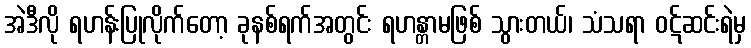
အဲဒီလို ရဟန်းပြုလိုက်တော့ ခုနစ်ရက်အတွင်း ရဟန္တာမဖြစ် သွားတယ်၊ သံသရာ ဝဋ်ဆင်းရဲမှ